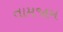
તામજામ